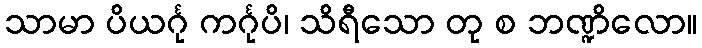
သာမာ ပိယင်္ဂု ကင်္ဂုပိ၊ သိရီသော တု စ ဘဏ္ဍိလော။